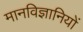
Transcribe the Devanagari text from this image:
मानविज्ञानियों